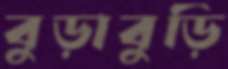
বুড়াবুড়ি